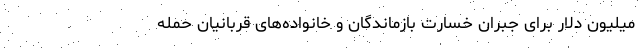
میلیون دلار برای جبران خسارت بازماندگان و خانواده‌های قربانیان حمله